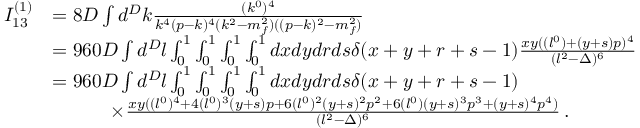
\begin{array} { r l } { I _ { 1 3 } ^ { ( 1 ) } } & { = 8 D \int d ^ { D } k \frac { ( k ^ { 0 } ) ^ { 4 } } { k ^ { 4 } ( p - k ) ^ { 4 } ( k ^ { 2 } - m _ { f } ^ { 2 } ) ( ( p - k ) ^ { 2 } - m _ { f } ^ { 2 } ) } } \\ & { = 9 6 0 D \int d ^ { D } l \int _ { 0 } ^ { 1 } \int _ { 0 } ^ { 1 } \int _ { 0 } ^ { 1 } \int _ { 0 } ^ { 1 } d x d y d r d s \delta ( x + y + r + s - 1 ) \frac { x y ( ( l ^ { 0 } ) + ( y + s ) p ) ^ { 4 } } { ( l ^ { 2 } - \Delta ) ^ { 6 } } } \\ & { = 9 6 0 D \int d ^ { D } l \int _ { 0 } ^ { 1 } \int _ { 0 } ^ { 1 } \int _ { 0 } ^ { 1 } \int _ { 0 } ^ { 1 } d x d y d r d s \delta ( x + y + r + s - 1 ) } \\ & { \quad \quad \quad \times \frac { x y ( ( l ^ { 0 } ) ^ { 4 } + 4 ( l ^ { 0 } ) ^ { 3 } ( y + s ) p + 6 ( l ^ { 0 } ) ^ { 2 } ( y + s ) ^ { 2 } p ^ { 2 } + 6 ( l ^ { 0 } ) ( y + s ) ^ { 3 } p ^ { 3 } + ( y + s ) ^ { 4 } p ^ { 4 } ) } { ( l ^ { 2 } - \Delta ) ^ { 6 } } \, . } \end{array}